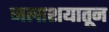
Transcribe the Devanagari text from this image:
जलाशयातून